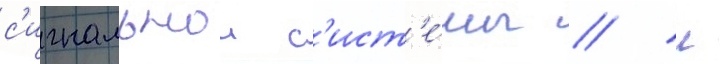
с'игнальнои с'ист'е́мы / л